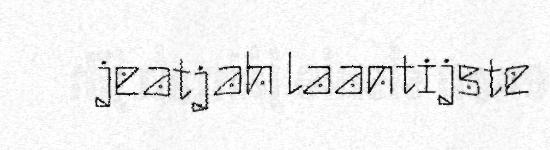
jeatjah laantijste